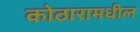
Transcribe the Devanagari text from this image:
कोठारामधील